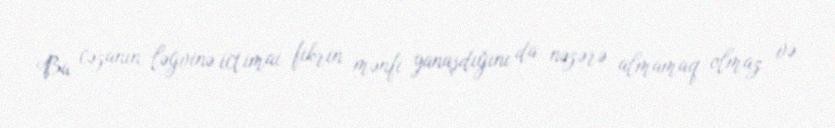
Bu cəzanın ləğvinə ictimai fikrin mənfi yanaşdığını da nəzərə almamaq olmaz və